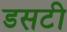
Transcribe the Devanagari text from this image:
डसटी